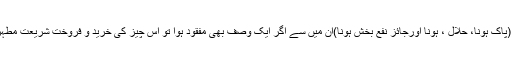
مذکورہ تینوں اوصاف (پاک ہونا، حلال ، ہونا اورجائز نفع بخش ہونا)ان میں سے اگر ایک وصف بھی مفقود ہوا تو اس چیز کی خرید و فروخت شریعتِ مطہّرہ میں جائز نہیں ہے ۔